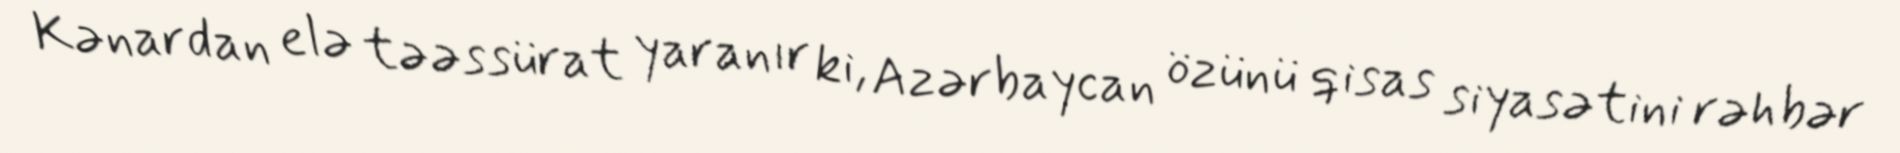
Kənardan elə təəssürat yaranır ki, Azərbaycan özünü qisas siyasətini rəhbər